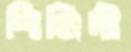
শিঞ্জিনী